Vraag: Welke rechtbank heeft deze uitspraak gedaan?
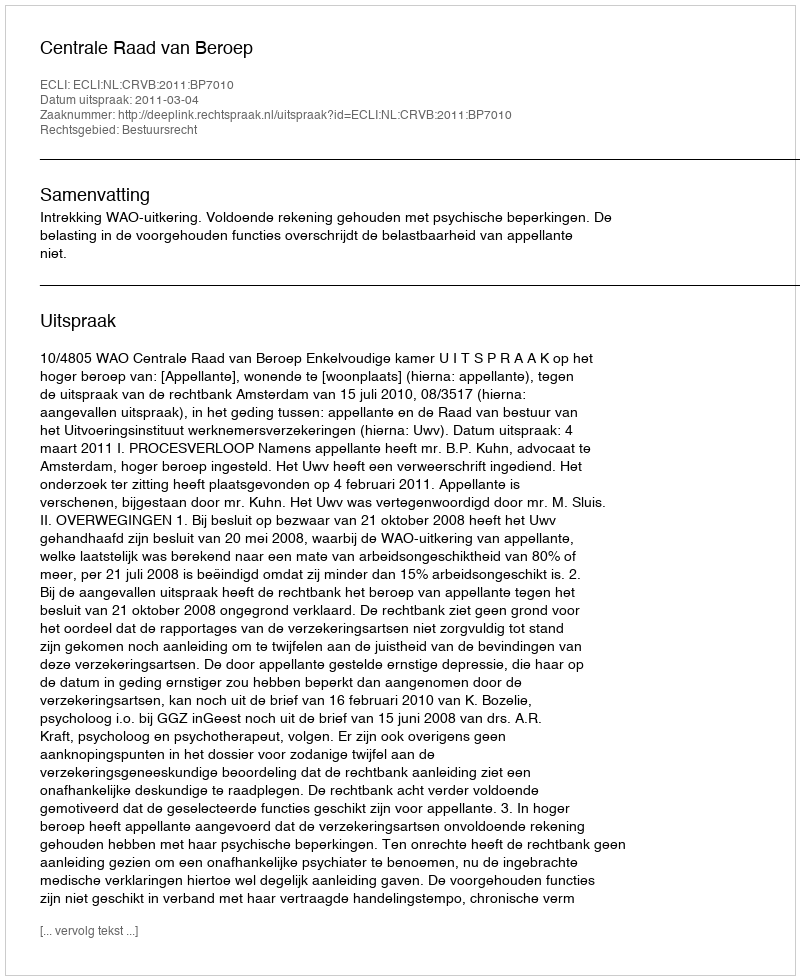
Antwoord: Centrale Raad van Beroep